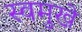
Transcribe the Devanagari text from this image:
स्वमुखे